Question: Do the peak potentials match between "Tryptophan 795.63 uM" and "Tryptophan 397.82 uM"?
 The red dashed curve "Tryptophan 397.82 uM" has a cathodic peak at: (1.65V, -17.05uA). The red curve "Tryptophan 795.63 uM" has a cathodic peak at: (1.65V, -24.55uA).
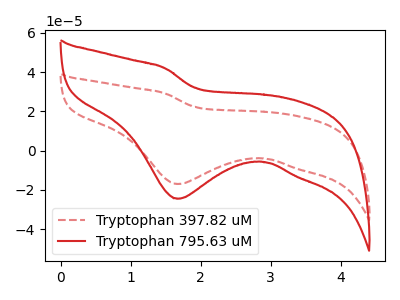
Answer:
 <answer>Yes, "Tryptophan 795.63 uM" have a peak in "Tryptophan 397.82 uM" at the same potential.</answer>
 <eval>match</eval>